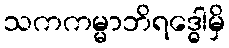
သကကမ္မာဘိရဒ္ဓေါမှိ